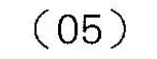
(05)